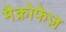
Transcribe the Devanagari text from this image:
मैक्रोफेज़